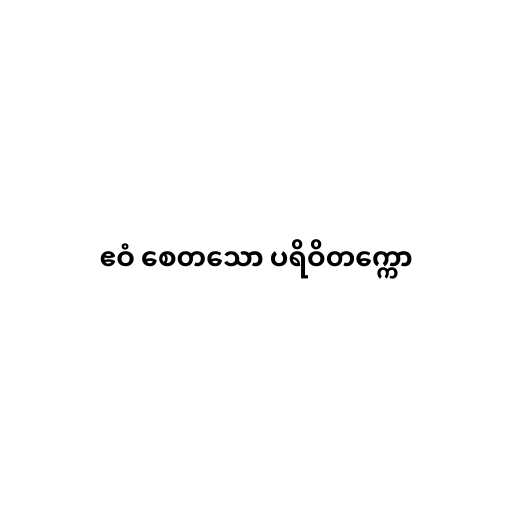
ဧဝံ စေတသော ပရိဝိတက္ကော